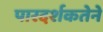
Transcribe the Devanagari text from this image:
पारदर्शकतेने